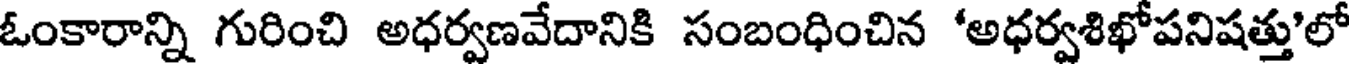
ఓంకారాన్ని గురించి అధర్వణవేదానికి సంబంధించిన 'అధర్వశిఖోపనిషత్తు'లో